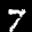
Label: 7